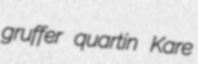
gruffer quartin Kare